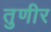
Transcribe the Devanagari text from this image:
तुणीर